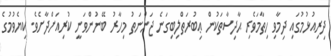
ދިރިއުޅުމުގައި ދިމާވި ހިތާމަވެރި ޙާދިސާތަކުން ޢިބުރަތްލިބިގަނެ ޖަންނަތު މިހާރު ބޭނުންވަނީ ކުރިއަށްދާށެވެ. ކިޔެވުމުގެ